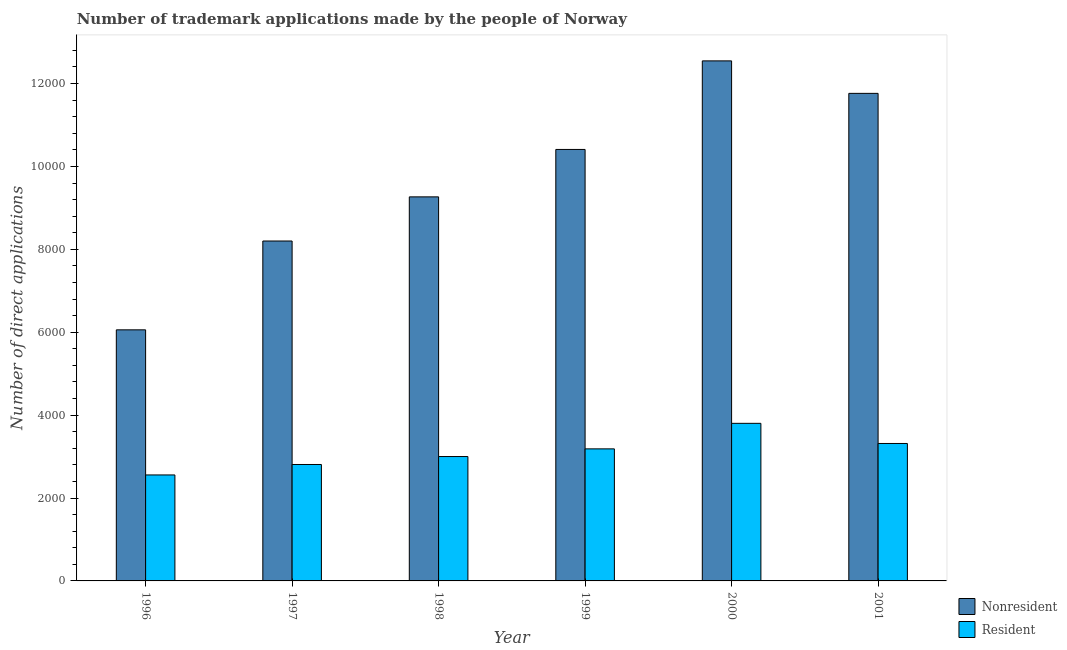
| Year | Nonresident | Resident |
 | --- | --- | --- |
 | 1996 | 6.06e+03 | 2.56e+03 |
 | 1997 | 8.2e+03 | 2.81e+03 |
 | 1998 | 9.27e+03 | 3e+03 |
 | 1999 | 1.04e+04 | 3.19e+03 |
 | 2000 | 1.25e+04 | 3.8e+03 |
 | 2001 | 1.18e+04 | 3.32e+03 |